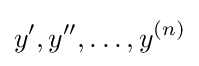
y',y'',\ldots ,y^{(n)}